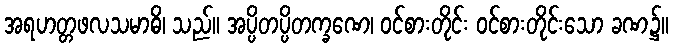
အရဟတ္တဖလသမာဓိ၊ သည်။ အပ္ပိတပ္ပိတက္ခဏေ၊ ဝင်စားတိုင်း ဝင်စားတိုင်းသော ခဏ၌။